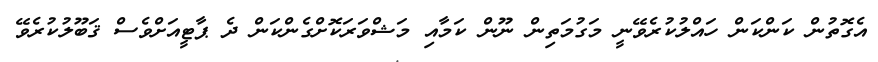
އެގޮތުން ކަންކަން ހައްލުކުރެވޭނީ މަގުމަތިން ނޫން ކަމާއި މަޝްވަރަކޮށްގެންކަން ދެ ޕާޓީއަށްވެސް ޤަބޫލުކުރެވޭ